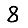
Digit: 8